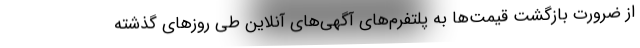
از ضرورت بازگشت قیمت‌ها به پلتفرم‌های آگهی‌های آنلاین طی روزهای گذشته